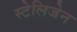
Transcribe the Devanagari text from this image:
स्टेलिजेन